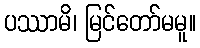
ပဿာမိ၊ မြင်တော်မမူ။